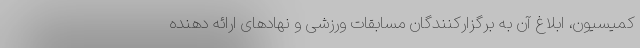
کمیسیون، ابلاغ آن به برگزارکنندگان مسابقات ورزشی و نهادهای ارائه دهنده